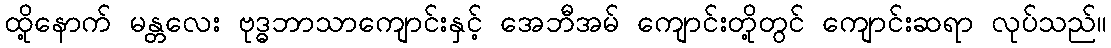
ထို့နောက် မန္တလေး ဗုဒ္ဓဘာသာကျောင်းနှင့် အေဘီအမ် ကျောင်းတို့တွင် ကျောင်းဆရာ လုပ်သည်။